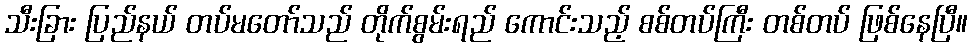
သီးခြား ပြည်နယ် တပ်မတော်သည် တိုက်စွမ်းရည် ကောင်းသည့် စစ်တပ်ကြီး တစ်တပ် ဖြစ်နေပြီ။